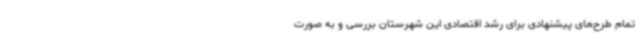
تمام طرح‌های پیشنهادی برای رشد اقتصادی این شهرستان بررسی و به صورت